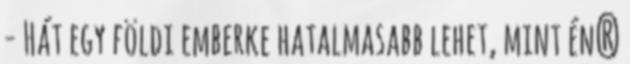
- Hát egy földi emberke hatalmasabb lehet, mint én?